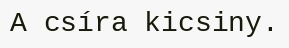
A csíra kicsiny.